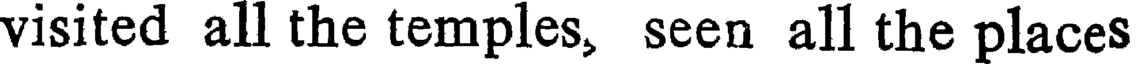
visited all the temples, seen all the places